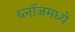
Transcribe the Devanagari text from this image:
ब्लॉजमध्ये